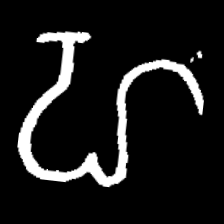
Pyu character \u2014 Myanmar letter: ဟ (romanized: ha)